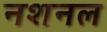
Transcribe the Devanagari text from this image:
नशनल